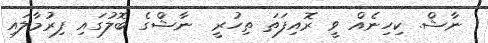
ނާޝް. ކިހިނެއް ވީ ރޮއިފަތަ ތިހުރީ  ނާޝްގެ ބޮލުގައި ފިރުމާލައި